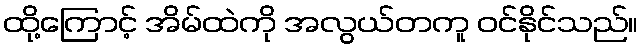
ထို့ကြောင့် အိမ်ထဲကို အလွယ်တကူ ဝင်နိုင်သည်။